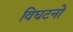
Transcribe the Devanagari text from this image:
विघटनों